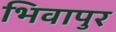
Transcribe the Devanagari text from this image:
भिवापुर